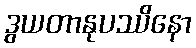
ဒွယတာနုပဿိနော